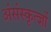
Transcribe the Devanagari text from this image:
अंसंस्कृत्ज्ञों